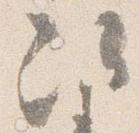
次